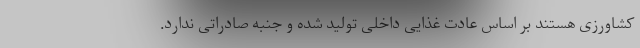
کشاورزی هستند بر اساس عادت غذایی داخلی تولید شده و جنبه صادراتی ندارد.